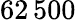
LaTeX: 62\, 500